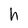
Character: h